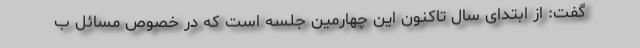
گفت: از ابتدای سال تاکنون این چهارمین جلسه است که در خصوص مسائل ب